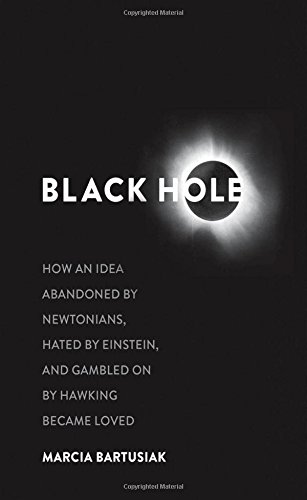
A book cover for Black Hole: How an Idea Abandoned by Newtonians, Hated by Einstein, and Gambled On by Hawking Became Loved; Marcia Bartusiak; Science & Math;